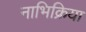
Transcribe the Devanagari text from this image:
नाभिक्रिया